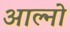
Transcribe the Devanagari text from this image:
आल्नो